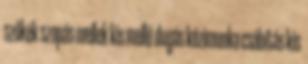
szőkék szopás mellek kis mellű dugás kézimunka csábítás kis